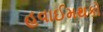
હવાઈમથકો